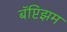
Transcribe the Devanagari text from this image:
बॅप्टिझम